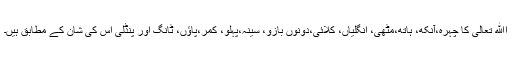
اﷲ تعالی کا چہرہ،آنکھ، ہاتھ،مٹھی، انگلیاں، کلائی،دونوں بازو، سینہ،پہلو، کمر،پاؤں، ٹانگ اور پنڈلی اس کی شان کے مطابق ہیں۔